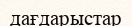
дағдарыстар